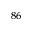
^ { 8 6 }